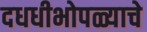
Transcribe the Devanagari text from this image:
दधधीभोपळ्याचे